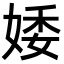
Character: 婑